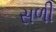
સળી